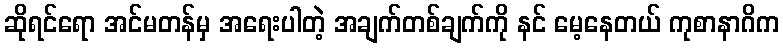
ဆိုရင်ရော အင်မတန်မှ အရေးပါတဲ့ အချက်တစ်ချက်ကို နင် မေ့နေတယ် ကုစာနာဂိက